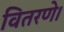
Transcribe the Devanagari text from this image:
वितरणे।